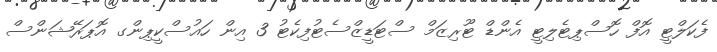
ފެކަލްޓީ އޮފް ހޮސްޕިޓެލިޓީ އެންޑް ޓޫރިޒަމް ސްޓަޑީޒްސެޓުފިކެޓު 3 އިން ހައުސްކީޕިންގ އޮޕަރޭޝަންސް